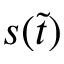
s ( \widetilde t )